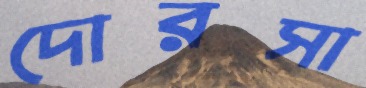
দোরসা